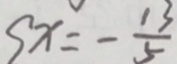
9 x = - \frac { 1 3 } { 5 }